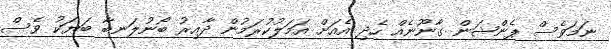
ނަމަވެސް ޕެންޝަން ގާނޫނެއް ހެދި އެއަށް އަމަލުކުރަމުން ދާއިރު ބޯނުލަނބާ ބަޔަކު ވެސް